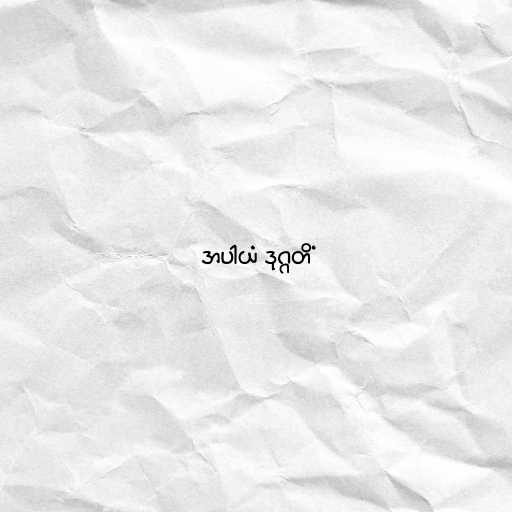
အပါယံ ဒုဂ္ဂတိံ